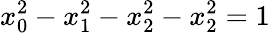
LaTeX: x_{0}^{2}-x_{1}^{2}-x_{2}^{2}-x_{2}^{2}=1